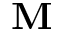
\mathbf { M }